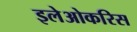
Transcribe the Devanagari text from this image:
इलेओकरिस